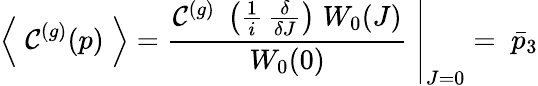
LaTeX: \left\langle\; \mathcal{C}^{(g)}(p)\; \right\rangle=\left.\frac{\mathcal{C}^{(g)}\; \left(\frac{1}{i}\, \frac{\delta}{\delta J}\right)\; W_{0}(J)}{W_{0}(0)}\; \right\vert_{J=0}=\; \bar{p}_{3}